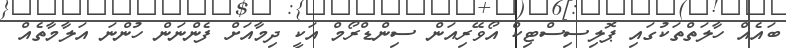
ބައެއް ހާލަތްތަކުގައި ޕޮލިސިސްޓިކް އޯވޭރިއަން ސިންޑްރޯމް އަކީ ދިމާއަށް ފެންނަން ހުންނަ އަލާމާތެއް